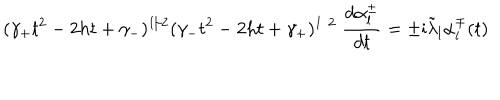
( \gamma _ { + } t ^ { 2 } - 2 h t + \gamma _ { - } ) ^ { 1 / 2 } ( \gamma _ { - } t ^ { 2 } - 2 h t + \gamma _ { + } ) ^ { 1 / 2 } \; \frac { d \alpha _ { l } ^ { \pm } } { d t } = \pm \mathrm { i } \tilde { \lambda } _ { l } \alpha _ { l } ^ { \mp } ( t )